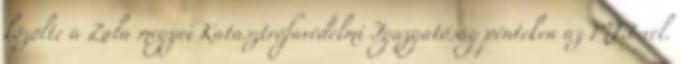
közölte a Zala megyei Katasztrófavédelmi Igazgatóság pénteken az MTI-vel.